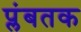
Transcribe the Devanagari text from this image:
प्लंबतक